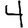
Digit: 4